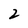
Character: 2